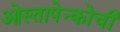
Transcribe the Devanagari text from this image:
ओस्तापेन्कोची